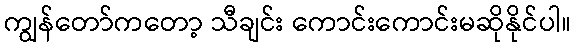
ကျွန်တော်ကတော့ သီချင်း ကောင်းကောင်းမဆိုနိုင်ပါ။